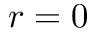
r = 0